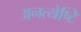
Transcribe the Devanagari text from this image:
अनत्येष्टि